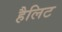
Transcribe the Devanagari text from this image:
हैलिट